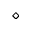
\diamond